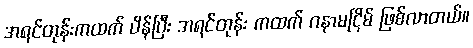
အရင်တုန်းကထက် ပိန်ပြီး အရင်တုန်း ကထက် ဂနာမငြိမ် ဖြစ်လာတယ်။